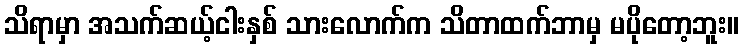
သိရာမှာ အသက်ဆယ့်ငါးနှစ် သားလောက်က သိတာထက်ဘာမှ မပိုတော့ဘူး။